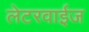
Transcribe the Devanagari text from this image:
लेटरवाईज